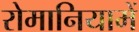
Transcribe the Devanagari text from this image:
रोमानियामें